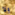
ولا